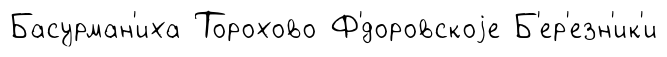
Басурман'иха Торохово Ф'́доровскоjе Б'ер'езн'ик'и